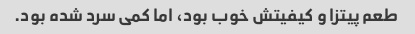
طعم پیتزا و کیفیتش خوب بود، اما کمی سرد شده بود.